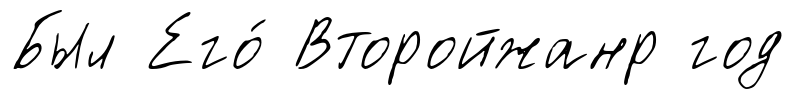
Был Его́ Второйжанр год